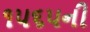
૧૫૬૫ની